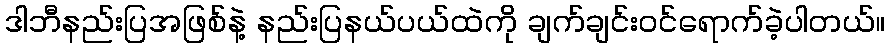
ဒါဘီနည်းပြအဖြစ်နဲ့ နည်းပြနယ်ပယ်ထဲကို ချက်ချင်းဝင်ရောက်ခဲ့ပါတယ်။